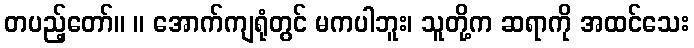
တပည့်တော်။ ။ အောက်ကျရုံတွင် မကပါဘူး၊ သူတို့က ဆရာကို အထင်သေး